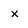
Character: x